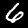
Label: 6